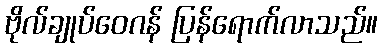
ဗိုလ်ချုပ်ဝေဂန် ပြန်ရောက်လာသည်။